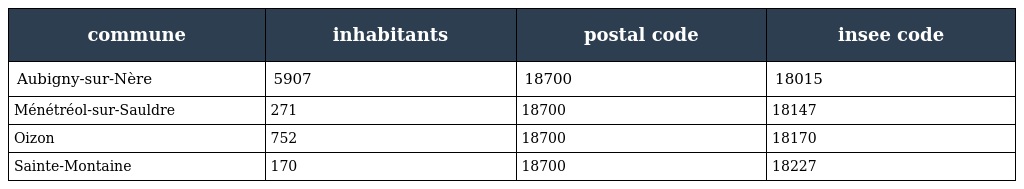
| commune | inhabitants | postal code | insee code |
 | --- | --- | --- | --- |
 | Aubigny-sur-Nère | 5907 | 18700 | 18015 |
 | Ménétréol-sur-Sauldre | 271 | 18700 | 18147 |
 | Oizon | 752 | 18700 | 18170 |
 | Sainte-Montaine | 170 | 18700 | 18227 |